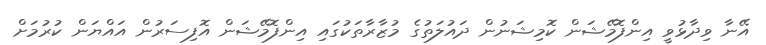
އޭނާ ވިދާޅުވީ އިންފޮމޭޝަން ކޮމިޝަނުން ދައުލަތުގެ މުޒާރާތަކުގައި އިންފޮމޭޝަން އޮފިސަރުން އައްޔަން ކުރުމަށް